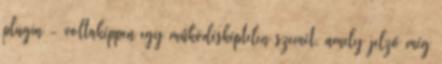
plugin - voltaképpen egy működésképtelen szemét, amely jelző még